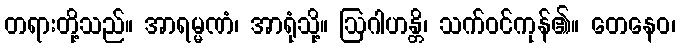
တရားတို့သည်။ အာရမ္မဏံ၊ အာရုံသို့။ ဩဂါဟန္တိ၊ သက်ဝင်ကုန်၏။ တေနေဝ၊